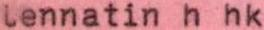
lennatin h hk